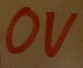
Text: 0V